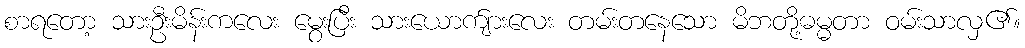
စာရတော့ သားဦးမိန်းကလေး မွေးပြီး သားယောက်ျားလေး တမ်းတနေသော မိဘတို့ဓမ္မတာ ဝမ်းသာလှ၏။